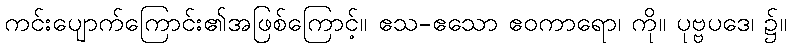
ကင်းပျောက်ကြောင်း၏အဖြစ်ကြောင့်။ ဧသ-ဧသော ဧဝကာရော၊ ကို။ ပုဗ္ဗပဒေ၊ ၌။